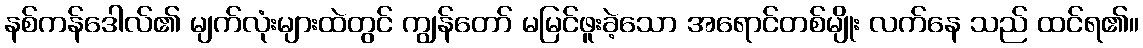
နစ်ကန်ဒေါလ်၏ မျက်လုံးများထဲတွင် ကျွန်တော် မမြင်ဖူးခဲ့သော အရောင်တစ်မျိုး လက်နေ သည် ထင်ရ၏။